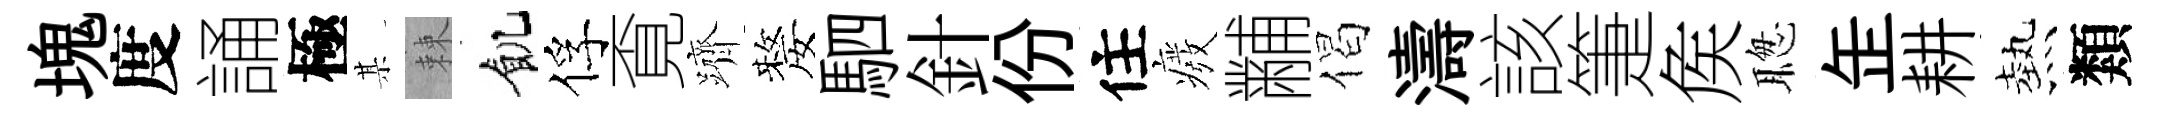
塊度誦極某棘飢俘覔躋嫠駟針份住癈黼偈濤該箑矦聦𦈢耕熱類